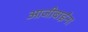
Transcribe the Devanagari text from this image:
आजीबाईंना